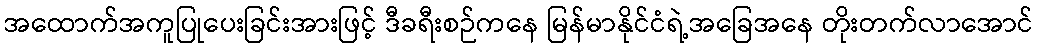
အထောက်အကူပြုပေးခြင်းအားဖြင့် ဒီခရီးစဉ်ကနေ မြန်မာနိုင်ငံရဲ့အခြေအနေ တိုးတက်လာအောင်